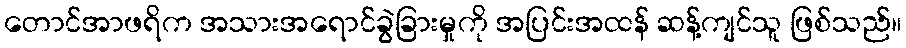
တောင်အာဖရိက အသားအရောင်ခွဲခြားမှုကို အပြင်းအထန် ဆန့်ကျင်သူ ဖြစ်သည်။